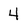
Character: 4